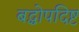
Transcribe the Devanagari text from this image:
बद्धोपदिष्ट